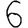
Digit: 6